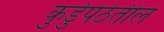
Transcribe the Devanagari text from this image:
कुर्डुपेठेतील